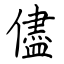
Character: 儘